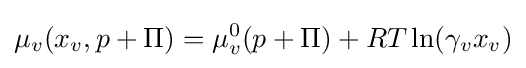
\mu _{v}(x_{v},p+\Pi )=\mu _{v}^{0}(p+\Pi )+RT\ln(\gamma _{v}x_{v})